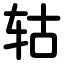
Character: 轱